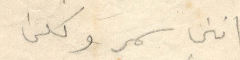
انني سمر وكلن